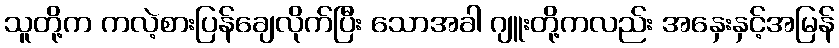
သူတို့က ကလဲ့စားပြန်ချေလိုက်ပြီး သောအခါ ဂျူးတို့ကလည်း အနှေးနှင့်အမြန်